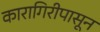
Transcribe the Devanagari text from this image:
कारागिरीपासून